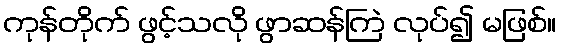
ကုန်တိုက် ဖွင့်သလို ဖွာဆန်ကြဲ လုပ်၍ မဖြစ်။